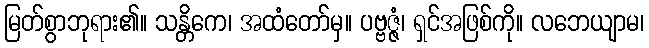
မြတ်စွာဘုရား၏။ သန္တိကေ၊ အထံတော်မှ။ ပဗ္ဗဇ္ဇံ၊ ရှင်အဖြစ်ကို။ လဘေယျာမ၊